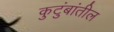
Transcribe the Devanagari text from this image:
कुटुंबांतील